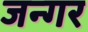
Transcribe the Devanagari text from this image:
जन्गर